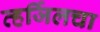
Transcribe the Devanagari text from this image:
व्हर्जिलचा